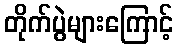
တိုက်ပွဲများကြောင့်